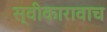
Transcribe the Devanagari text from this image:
स्वीकारावाच